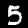
Label: 5